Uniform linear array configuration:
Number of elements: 24
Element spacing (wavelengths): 0.25
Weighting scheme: kaiser
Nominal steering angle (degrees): -45
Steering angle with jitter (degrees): -44.697
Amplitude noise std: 0.05
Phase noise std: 0.05

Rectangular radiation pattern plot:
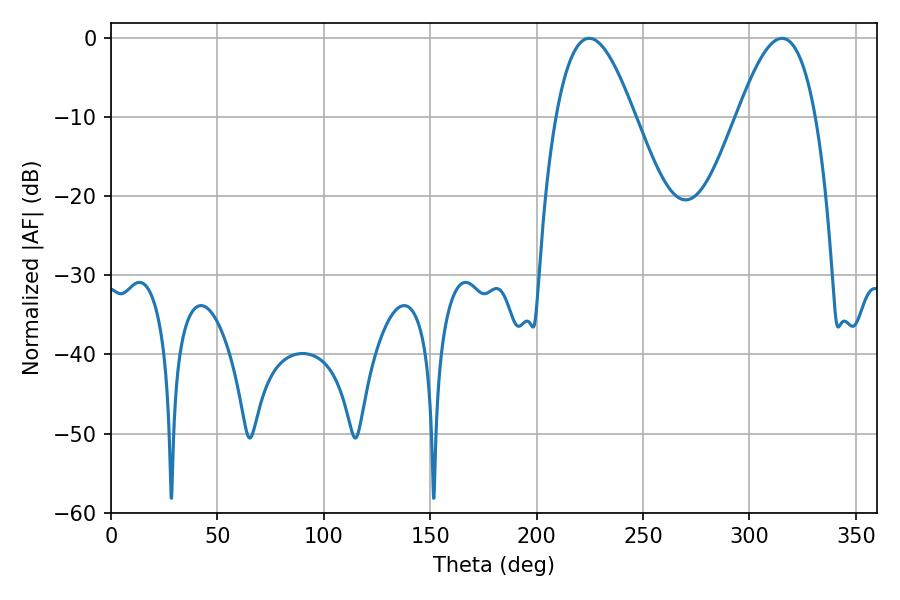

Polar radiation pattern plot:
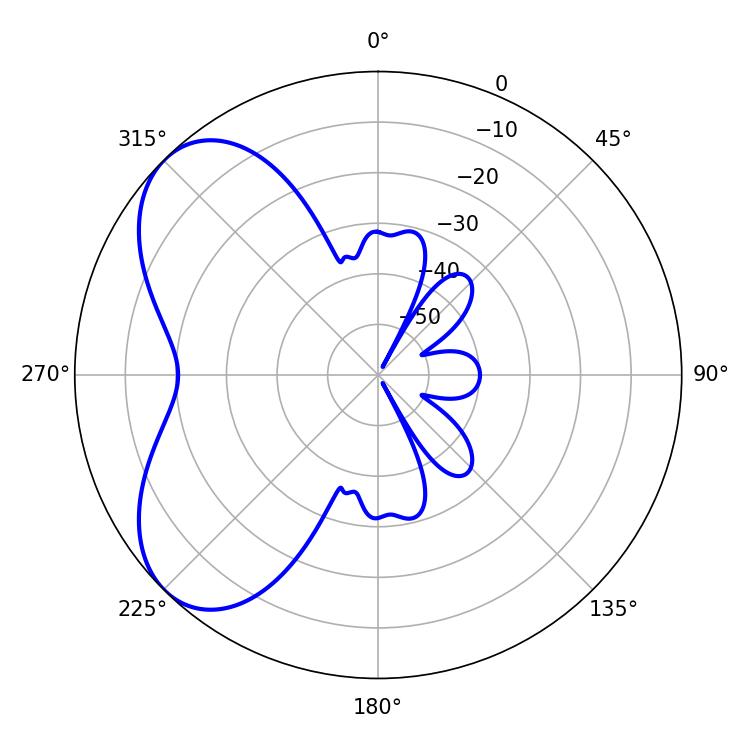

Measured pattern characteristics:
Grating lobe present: FALSE
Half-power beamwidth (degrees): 19.98
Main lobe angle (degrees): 224.64